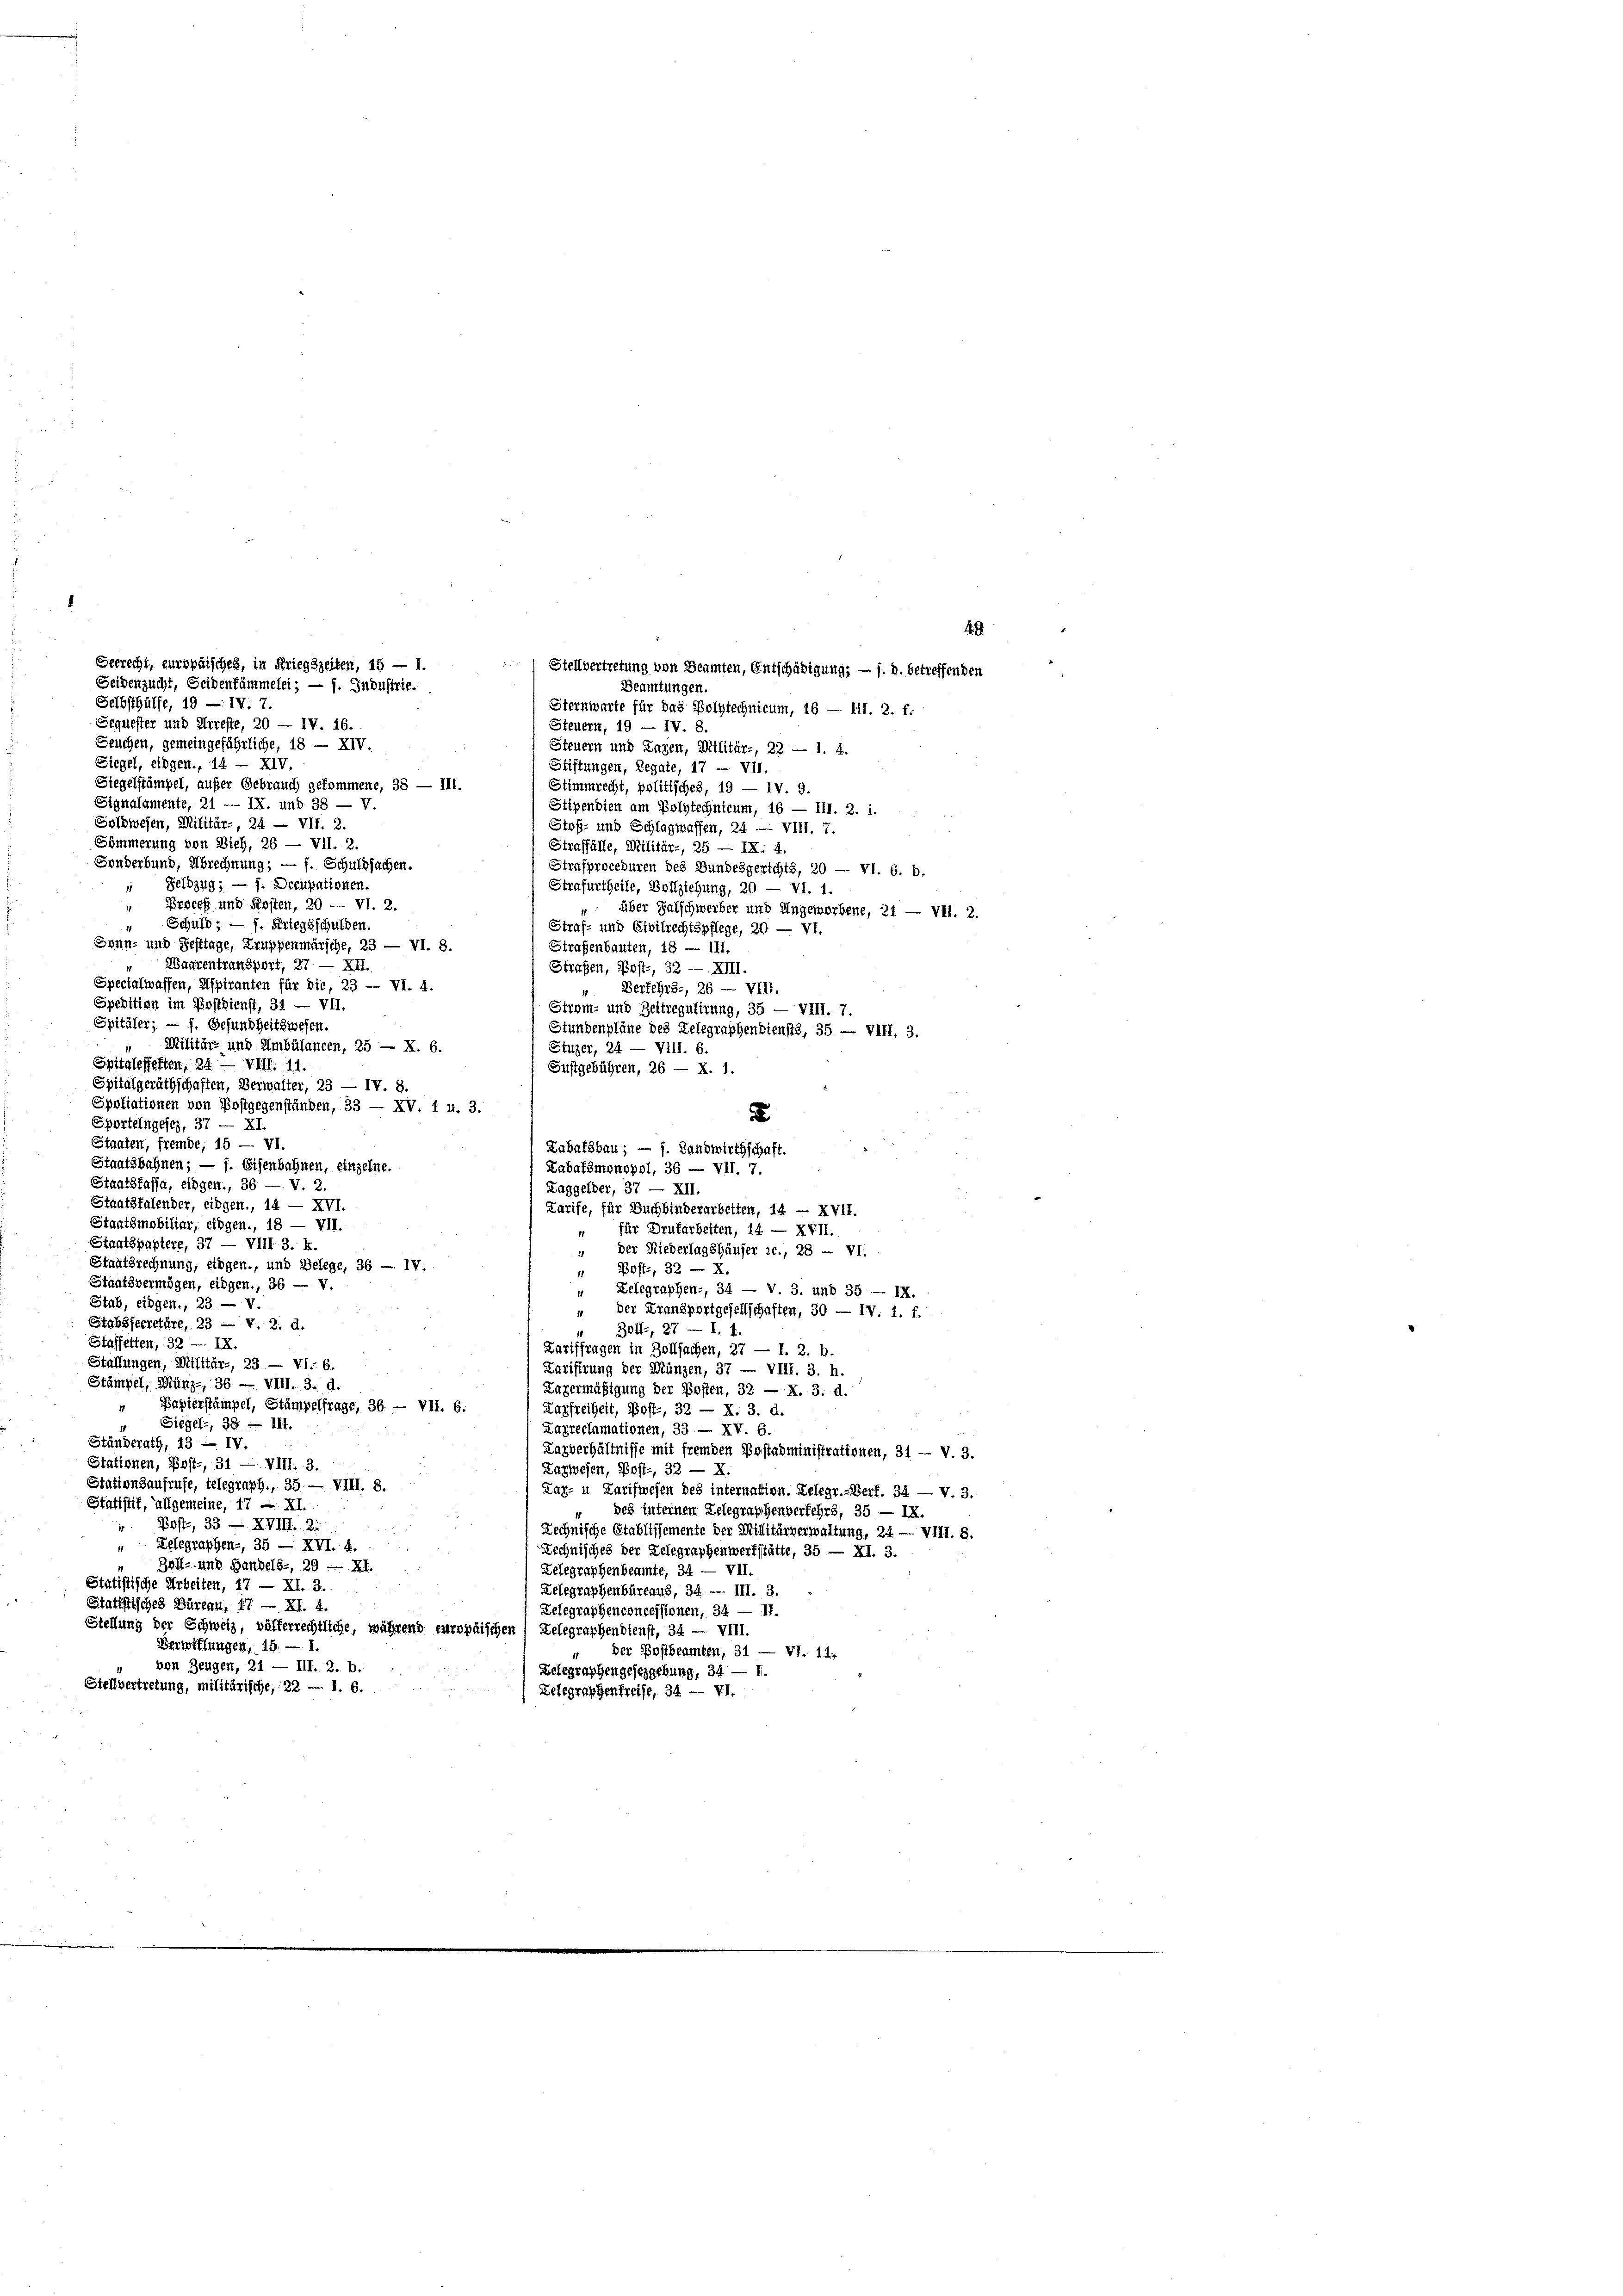
49
Seidenzucht, Seidentümmelei; — f. Industrie.
Beamtungen.
Selbsthülfe, 19 — IV. 7.
Sternwarte für das Polytechnicum, 16 — III. 2. f:
Sequester und Arreste, 20 — IV. 16.
Steuern, 19 — IV. 8.
Seuchen, gemeingefährliche, 18 — XIV.
Steuern und Tagen, Militär-, 23 - 1. 4.
Siegel, eidgen., 14 — XIV.
Stiftungen, Legate, 17 — VII.
Siegelstämpel, außer Gebrauch gekommene, 38 — III.
Stimmrecht, politisches, 19 — IV. 9.
Signalamente, 21 -- IX. und 38 — V.
Stipendien am Polytechnicum, 16 — III. 2. i.
Solbwesen, Militär-, 24 — VII. 2.
Stoß- und Schlagmaffen, 24 -- VIII. 7.
Sömmerung von Zieh, 26 — VII. 2.
Straffälle, Militär-, 25 — IX. 4.
Sonderbund, Abrechnung; — f. Schuldsachen.
Strafproceduren des Bundesgerichts, 20 — VI. 6. b.
Feldzug; — f. Decupationen.
Strafurtheile, Bollziehung, 20 — VI. 1.
Proceß und Kosten, 20 — VI. 2.
" über Falschwerber und Ungeworbene, 21 — VII. 2.
Schuld, — 1. Kriegsschulden.
Straf- und Civilrechtspflege, 20 — VI.
Sonn- und Festtage, Truppenmärsche, 23 — VI. 8.
Strafenbauten, 18 — 111.
Baurentransport, 27 — XII.
Strafen, Post-, 32 -- XIII.
Specialwaffen, Aspiranten für die, 23 — VI. 4.
Verkehrs-, 26 — VIII.
11
Spedition im Postdienst, 31 — VII.
Strom- und Zeltregulirung, 35 — VIII. 7.
Spitäler; — f. Gesundheitswesen.
Stundenpläne des Telegraphenbiensts, 35 — VIII. 3.
 Militär- und Ambülancen, 25 — X. 6.
Stuzer, 24 — VIII. 6.
Spitaleffetten, 24. — VIII. 11.
Gustgebühren, 26 — X. 1.
Spitalgeräthschaften, Verwalter, 23 — IV. 8.
Spoliationen von Postgegenständen, 23 — XV. 1 u. 3.
u
Sportelngesez, 37 — XI.
Staaten, fremde, 15 — VI
Labafsbau; — s. Landwirthschaft.
Staatsbahnen; — 1. Eisenbahnen, einzelne.
Labafsmonopol, 36 — VII. 7.
Staatskassa, eidgen., 36 — V. 2.
Laggelder, 37 — XII.
Staatsfalender, eingen., 14 — XVI.
Larife, für Buchbinderarbeiten, 14 - XVII.
Staatsmobiliar, eingen., 18 — VII.
“ für Drufarbeiten, 14 — XVII.
Staatspapiere, 37 — VIII 3. k.
“ der Niederlagshäuser c., 28 — VI.
Staatsrechnung, eingen., und Belege, 36 — IV.
 Post-, 32 — X.
Staatsvermögen, eingen., 36 — V.
 Lelegraphen-, 34 — V. 3. und 35 — IX.
Stab, eidgen., 23. — V.
* der Kransportgesellschaften, 30 — IV. 1. f.
Stabssecretäre, 23 — v. 2. d.
334, 27 — I. 1.
Staffetten, 32. — IX.
Tariffragen in Zollsachen, 27 — 1. 2. b.
Stallungen, Militär-, 23 — VI. 6.
Zarifirung der Münzen, 37 — VIII. 3. h.
Stämpel, Münz-, 36 — VIII. 3. d.
Lagermäßigung der Posten, 32 — X. 3. d.
Papierstämpel, Stämpelfrage, 36. — VII. 6.
Karfreiheit, Post-, 32 — X. 3. d.
Siegel-, 38. — III.
Zarrechmationen, 33 — XV. 6.
Ständerath, 43 — IV.
Lagverhältnisse mit fremden Postadministrationen, 31 - v. 3.
Stationen, Post-, 31 — VIII. 3.
Lazwesen, Post-, 32 — X.
Stationsaufrufe, telegraph., 35. — VIII. 8.
Kar- u Zarifwesen des internation. Lelegr. Berf. 34 — V. 3.
Statistif, allgemeine, 17 - XI.
“ des internen Gelegraphenverkehrs, 35 — IX.
Post, 33 — XVIII. Zi
Lechnische Stablissemente der Militärverwaltung, 24 — VIII. 8.
Zelegraphen-, 35 — XVI. 4.
Rechnisches der Gelegraphenwerfstätte, 35 — XI. 3.
Zoll- und Handels-, 29 — XI.
Belegraphenbeamte, 34 — VII.
Statistische Arbeiten, 17 — XI. 3.
Lelegraphenbüreaus, 34 — III. 3
Statistisches Büreau, 17 — XI. 4.
Zelegraphenconcessionent, 34 — II.
Stellung der Schweiz, völkerrechtliche, während europäischen Relegraphendienst, 34 — VIII.
Verwehlungen, 15. 1
der Postbeamten, 31 — VI. 14.
von Zeugen, 21 — III. Z. b.
Delegraphengesezgebung, 34 — 1
Stellvertretung, militärische, 22 — 1. 6.
Zelegraphenfreise, 34 — VI.

Gerrecht, europäischen, in Kriegszeiten, 15 — 1

Stellvertretung von Beamten, Entschädigung; — f. d. betreffenden